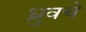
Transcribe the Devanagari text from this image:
ध्रुवचे